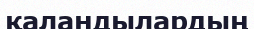
қаландылардың